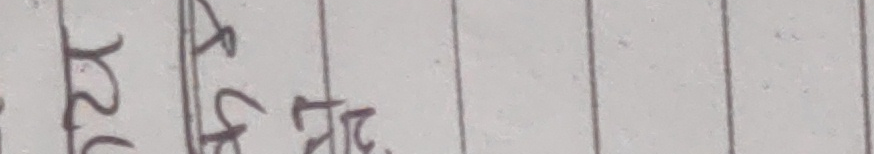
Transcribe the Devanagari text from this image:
रखफटडझ